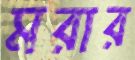
মরার